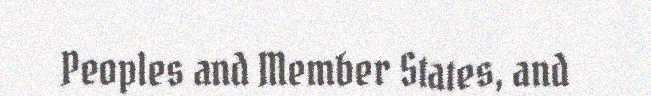
Peoples and Member States, and